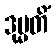
ဒုမ္မတိံ